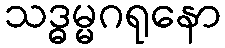
သဒ္ဓမ္မဂရုနော